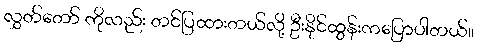
လွှတ်တော် ကိုလည်း တင်ပြထားတယ်လို့ ဦးနိုင်ထွန်းကပြောပါတယ်။